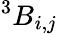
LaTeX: ^{3}B_{i,j}